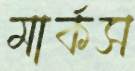
মার্কস